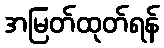
အမြတ်ထုတ်ရန်